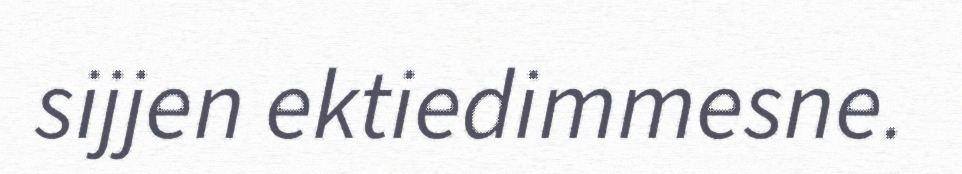
sijjen ektiedimmesne.